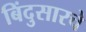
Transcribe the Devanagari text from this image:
बिंदुसारचे